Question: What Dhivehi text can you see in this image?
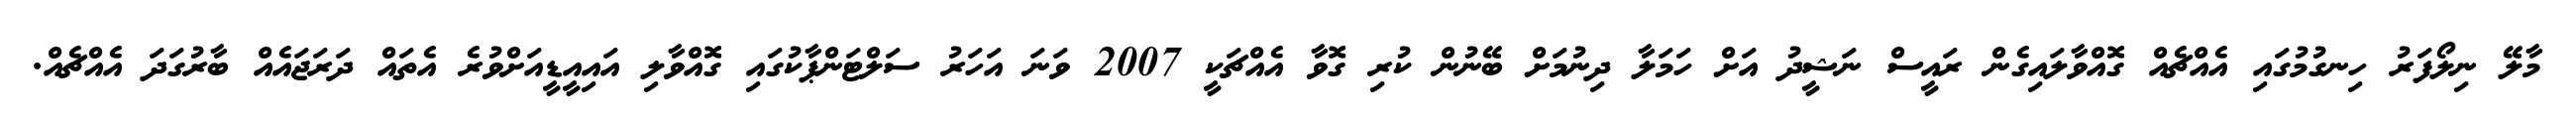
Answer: މާލޭ ނިލޯފަރު ހިނގުމުގައި އެއްޗެއް ގޮއްވާލައިގެން ރައީސް ނަޝީދު އަށް ހަމަލާ ދިނުމަށް ބޭނުން ކުރި ގޮވާ އެއްޗަކީ 2007 ވަނަ އަހަރު ސަލްޓަންޕާކުގައި ގޮއްވާލި އައިއީޑީއަށްވުރެ އެތައް ދަރަޖައެއް ބާރުގަދަ އެއްޗެއް.